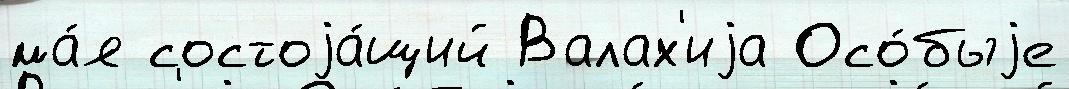
ма́я состоjа́щий Валах'иjа Осо́быjе